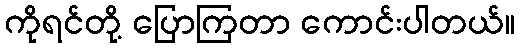
ကိုရင်တို့ ပြောကြတာ ကောင်းပါတယ်။